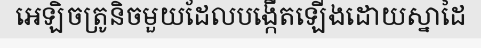
អេឡិចត្រូនិចមួយដែលបង្កើតឡើងដោយស្នាដៃ